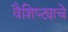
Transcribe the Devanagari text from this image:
वैशिष्ट्याचे